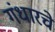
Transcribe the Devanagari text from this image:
गंधारचे